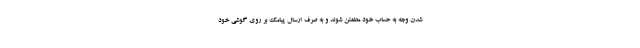
شدن وجه به حساب خود مطمئن شوند و به صرف ارسال پیامک بر روی گوشی خود